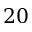
2 0